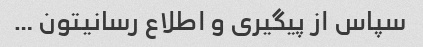
سپاس از پیگیری و اطلاع رسانیتون …